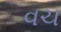
વચ